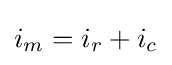
i_{m}=i_{r}+i_{c}